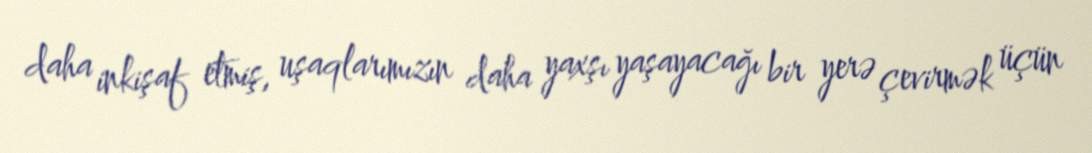
daha inkişaf etmiş, uşaqlarımızın daha yaxşı yaşayacağı bir yerə çevirmək üçün